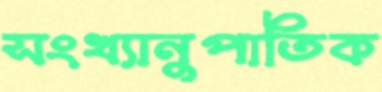
সংখ্যানুপাতিক